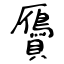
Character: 贗